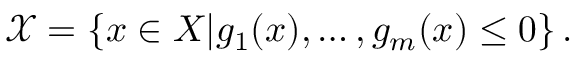
{ \mathcal { X } } = \left\{ x \in X \vert g _ { 1 } ( x ) , \ldots , g _ { m } ( x ) \leq 0 \right\} .